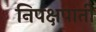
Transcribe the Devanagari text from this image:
निपक्षपाती